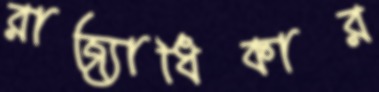
রাজ্যাধিকার